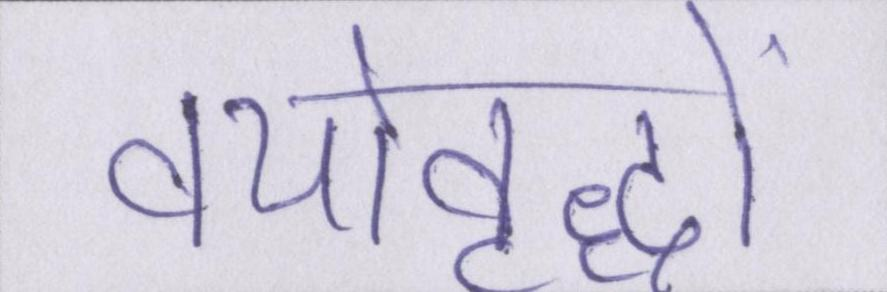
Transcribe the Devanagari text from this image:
वयोवृद्धों